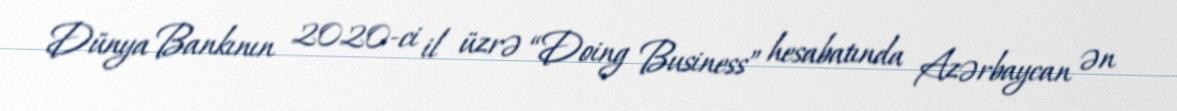
Dünya Bankının 2020-ci il üzrə “Doing Business” hesabatında Azərbaycan ən